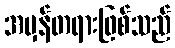
အမှန်တရားဖြစ်သည်